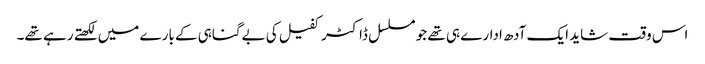
اس وقت شاید ایک آدھ ادارے ہی تھے جو مسلسل ڈاکٹر کفیل کی بےگناہی کے بارے میں لکھتے رہے تھے۔